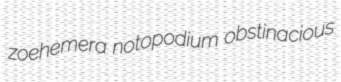
zoehemera notopodium obstinacious